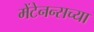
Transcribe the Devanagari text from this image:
मेंटेनन्सच्या